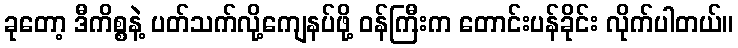
ခုတော့ ဒီကိစ္စနဲ့ ပတ်သက်လို့ကျေနပ်ဖို့ ဝန်ကြီးက တောင်းပန်ခိုင်း လိုက်ပါတယ်။